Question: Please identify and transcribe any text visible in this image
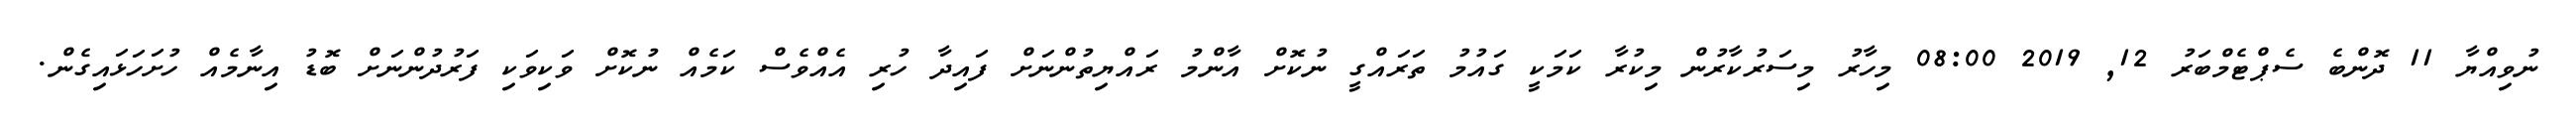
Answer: ނުވިއްޔާ 11 ދޮންބެ ސެޕްޓެމްބަރު 12, 2019 08:00 މިހާރު މިސަރުކާރުން މިކުރާ ކަމަކީ ގައުމު ތަރައްގީ ނުކޮށް އާންމު ރައްޔިތުންނަށް ފައިދާ ހުރި އެއްވެސް ކަމެއް ނުކޮށް ވަކިވަކި ފަރުދުންނަށް ބޮޑު އިނާމެއް ހުށަހަޅައިގެން.